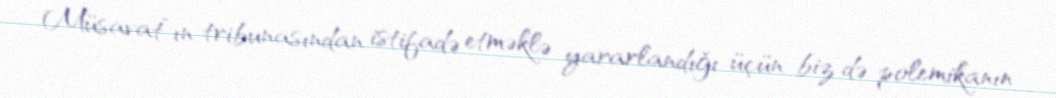
Müsavat”ın tribunasından istifadə etməklə yararlandığı üçün biz də polemikanın